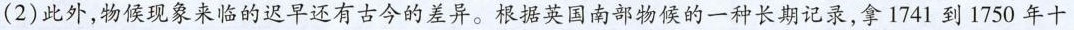
(2)此外，物候现象来临的迟早还有古今的差异。根据英国南部物候的一种长期记录，拿1741到1750年十